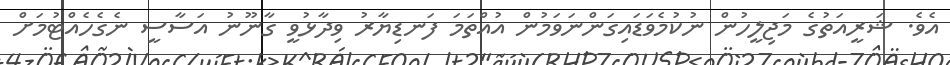
އެވެ. ޝަރީއަތުގެ މަޖިލީހުން ނުކުމެވަޑައިގަންނަވަމުން އުއްތަމަ ފަނޑިޔާރު ވިދާޅުވީ ގާނޫނު އަސާސީ ނެގެހެއްޓުމަށް